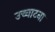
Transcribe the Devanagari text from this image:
उच्चाटना